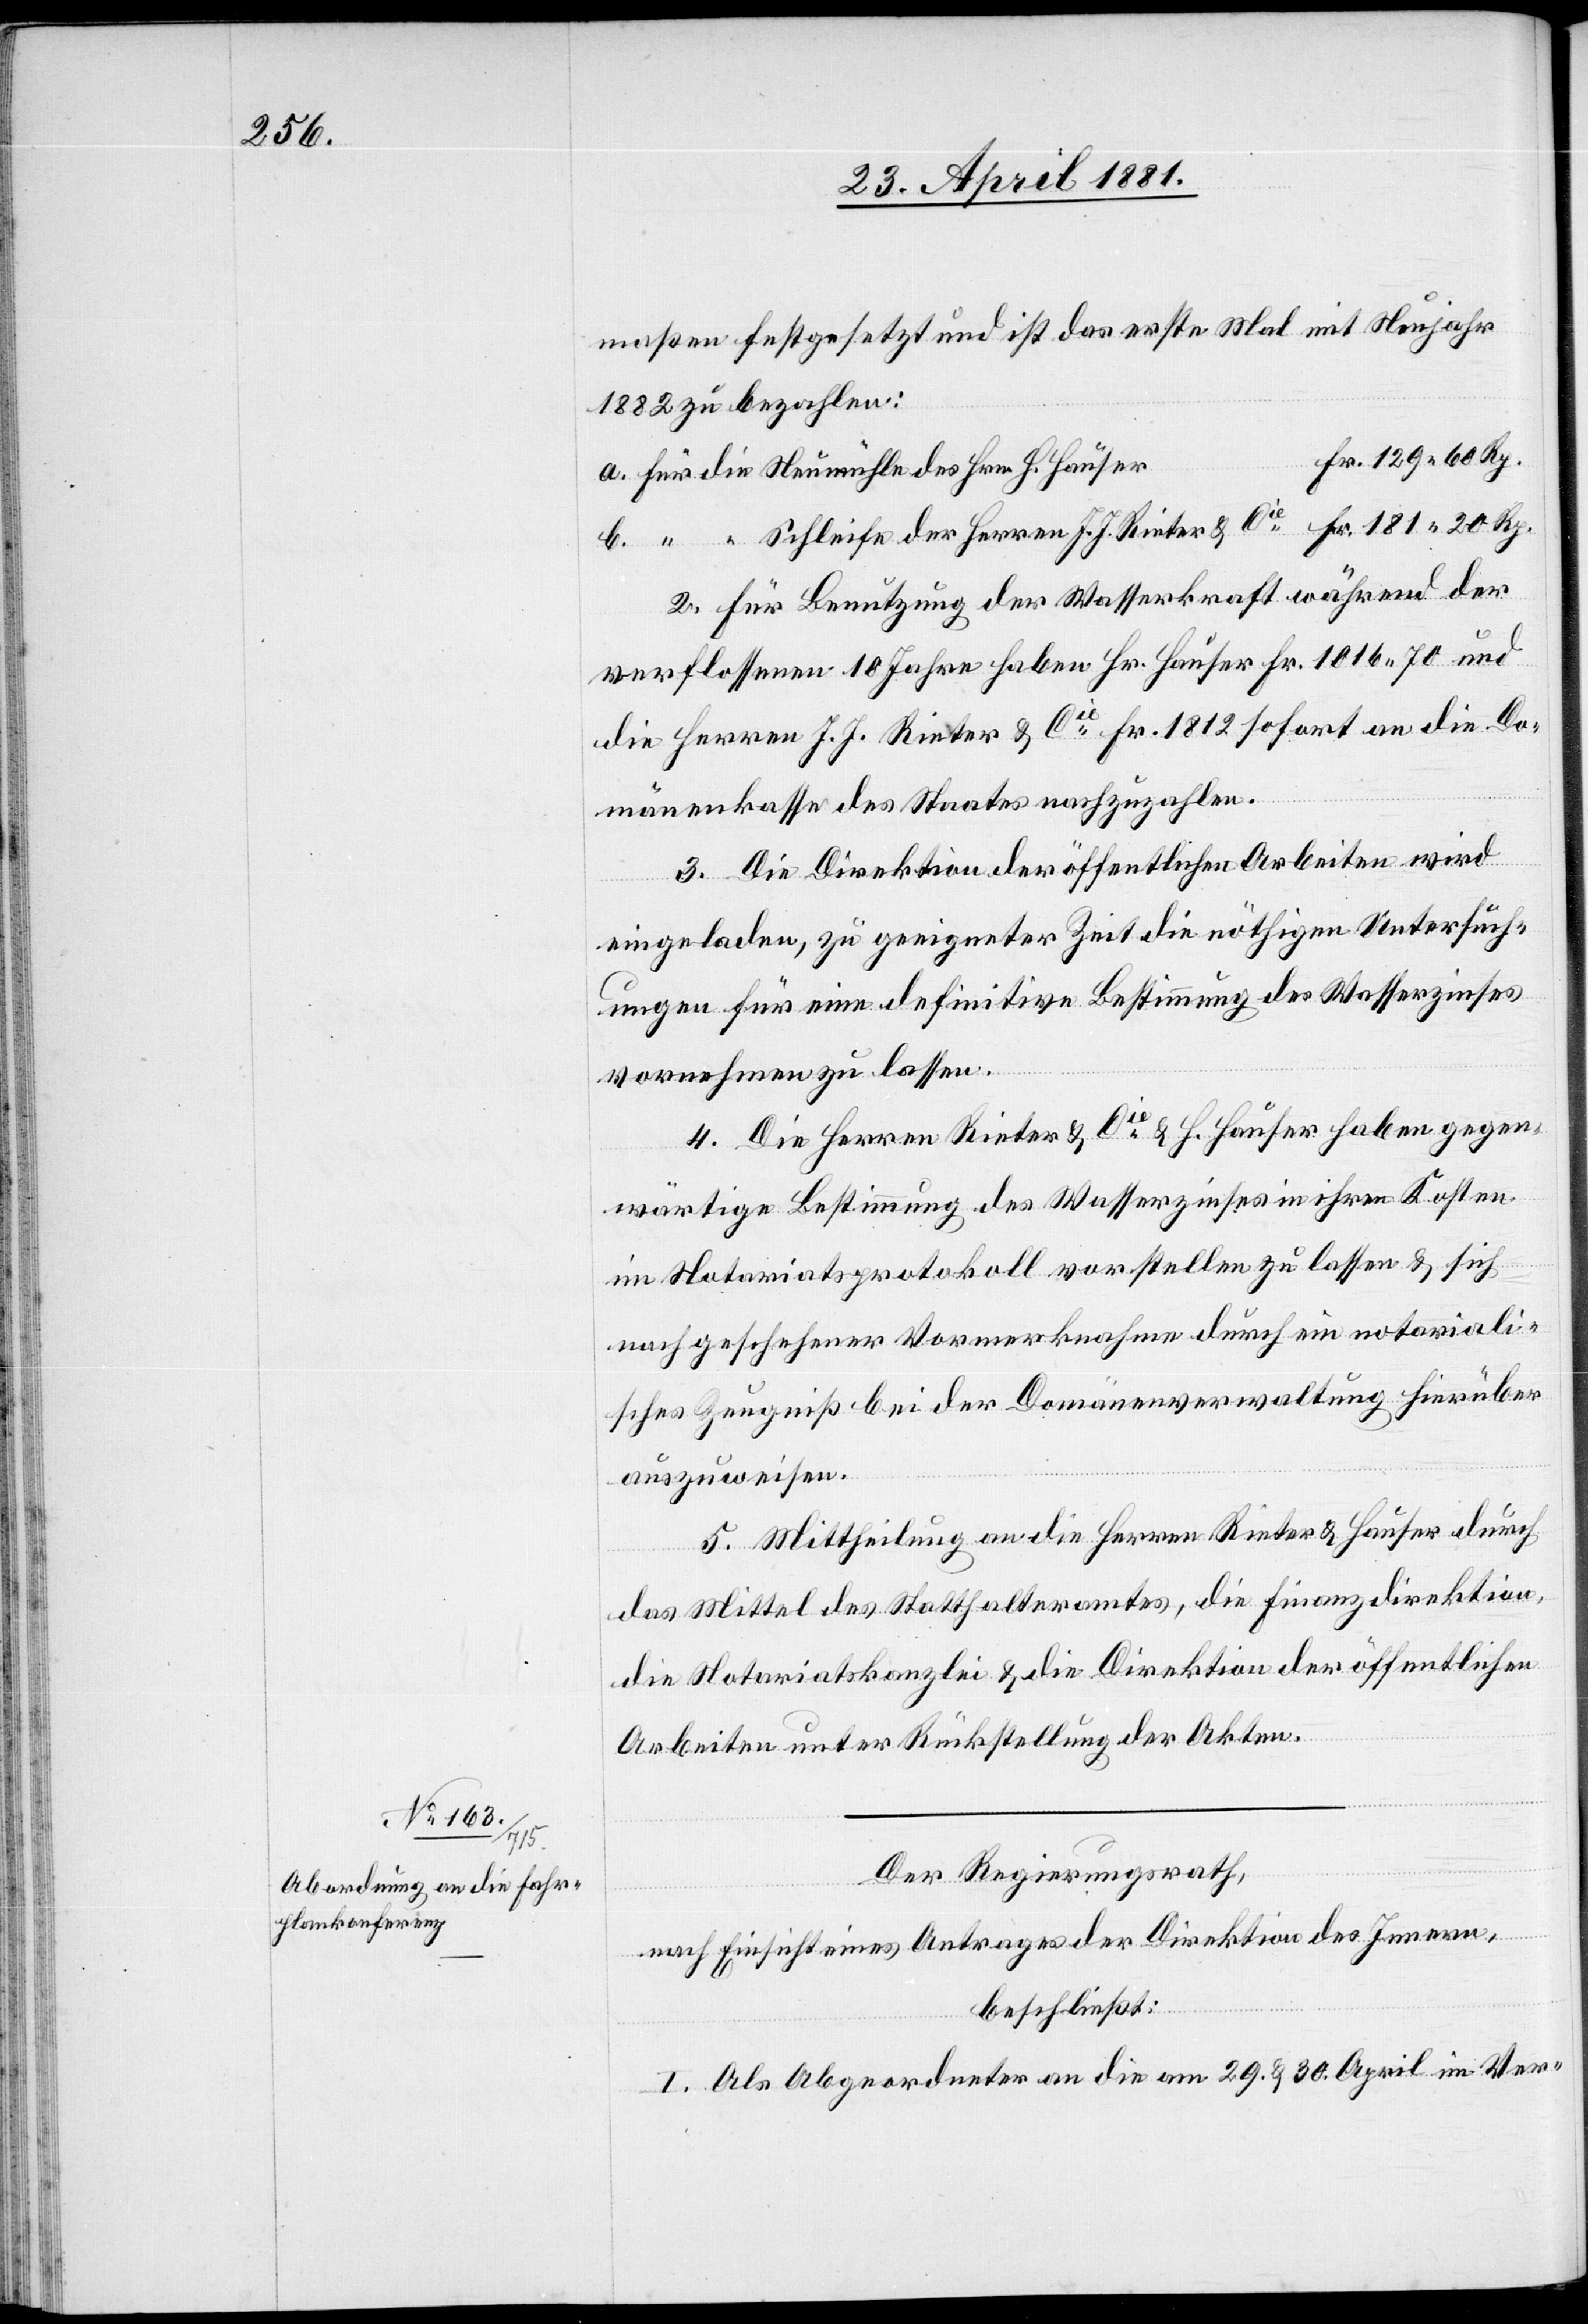
Cie

maßen festgesetzt und ist das erste Mal mit Neujahr
1882 zu bezahlen.
Fr. 181 20 Rp.
2. Für Benutzung der der Wasserkraft während der
verflossenen 10 Jahre haben Hr. Hauser Fr. 1016. 70 und
die Herren J. J. Rieter & Cie Fr. 1812 sofort an die Do¬
mänenkasse des Staates nachzuzahlen.
3. Die Direktion öffentlichen Arbeiten wird
eingeladen, zu geeigneter Zeit die nöthigen Untersuch¬
ungen für eine definitive Bestimmung des Wasserzinses
Rieter
vornehmen zu lassen.
4. Die Herren Rieter & Cie & H. Hauser haben gegen¬
wärtige Bestimmung des Wasserzinses in ihren Kosten
im Notariatsprotokoll vorstellen zu lassen & sich
nach geschehener Vormerknahme durch ein notariali¬
sches Zeugniß bei der Domänenverwaltung hierüber
auszuweisen.
5. Mittheilung an die Herren Rieter & Hauser durch
das Mittel des Statthalteramtes, die Finanzdirektion,
die Notariatskanzlei & die Direktion öffentlichen
Arbeiten unter Rückstellung der Akten.
Der Regierungsrath,
nach Einsicht eines Antrages der Direktion des Innern,
beschließt:
I. Als Abgeordneter an die am 29. & 30. April im Ver-